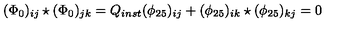
( \Phi _ { 0 } ) _ { i j } \star ( \Phi _ { 0 } ) _ { j k } = Q _ { i n s t } ( \phi _ { 2 5 } ) _ { i j } + ( \phi _ { 2 5 } ) _ { i k } \star ( \phi _ { 2 5 } ) _ { k j } = 0 \